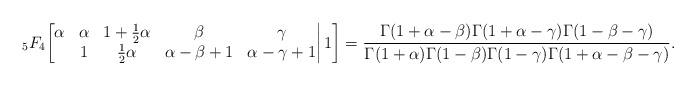
LaTeX: \begin{align*}{}_5F_4\bigg[\begin{matrix}\alpha&\alpha&1+\frac12\alpha&\beta&\gamma\\&1&\frac12\alpha&\alpha-\beta+1&\alpha-\gamma+1\end{matrix}\bigg|\,1\bigg]=\frac{\Gamma(1+\alpha-\beta)\Gamma(1+\alpha-\gamma)\Gamma(1-\beta-\gamma)}{\Gamma(1+\alpha)\Gamma(1-\beta)\Gamma(1-\gamma)\Gamma(1+\alpha-\beta-\gamma)}.\end{align*}